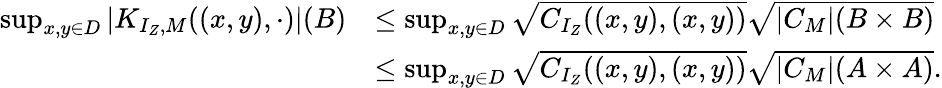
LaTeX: \begin{array}{rl}{\operatorname*{sup}_{x,y\in D}|K_{I_{Z},M}((x,y),\cdot)|(B)}&{\leq\operatorname*{sup}_{x,y\in D}\sqrt{C_{I_{Z}}((x,y),(x,y))}\sqrt{|C_{M}|(B\times B)}}\\ &{\leq\operatorname*{sup}_{x,y\in D}\sqrt{C_{I_{Z}}((x,y),(x,y))}\sqrt{|C_{M}|(A\times A)}.}\end{array}